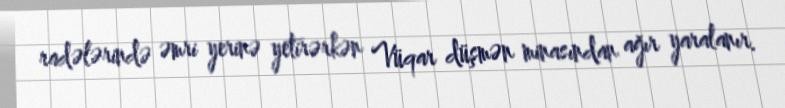
radələrində əmri yerinə yetirərkən Vüqar düşmən minasından ağır yaralanır.